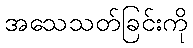
အသေသတ်ခြင်းကို